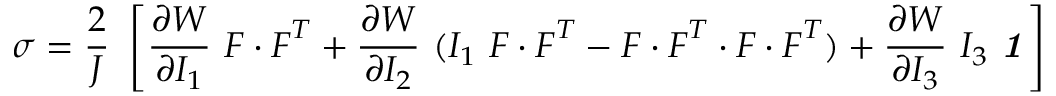
{ \boldsymbol { \sigma } } = { \frac { 2 } { J } } ~ \left[ { \frac { \partial W } { \partial I _ { 1 } } } ~ { \boldsymbol { F } } \cdot { \boldsymbol { F } } ^ { T } + { \frac { \partial W } { \partial I _ { 2 } } } ~ ( I _ { 1 } ~ { \boldsymbol { F } } \cdot { \boldsymbol { F } } ^ { T } - { \boldsymbol { F } } \cdot { \boldsymbol { F } } ^ { T } \cdot { \boldsymbol { F } } \cdot { \boldsymbol { F } } ^ { T } ) + { \frac { \partial W } { \partial I _ { 3 } } } ~ I _ { 3 } ~ { \boldsymbol { \mathit { 1 } } } \right]